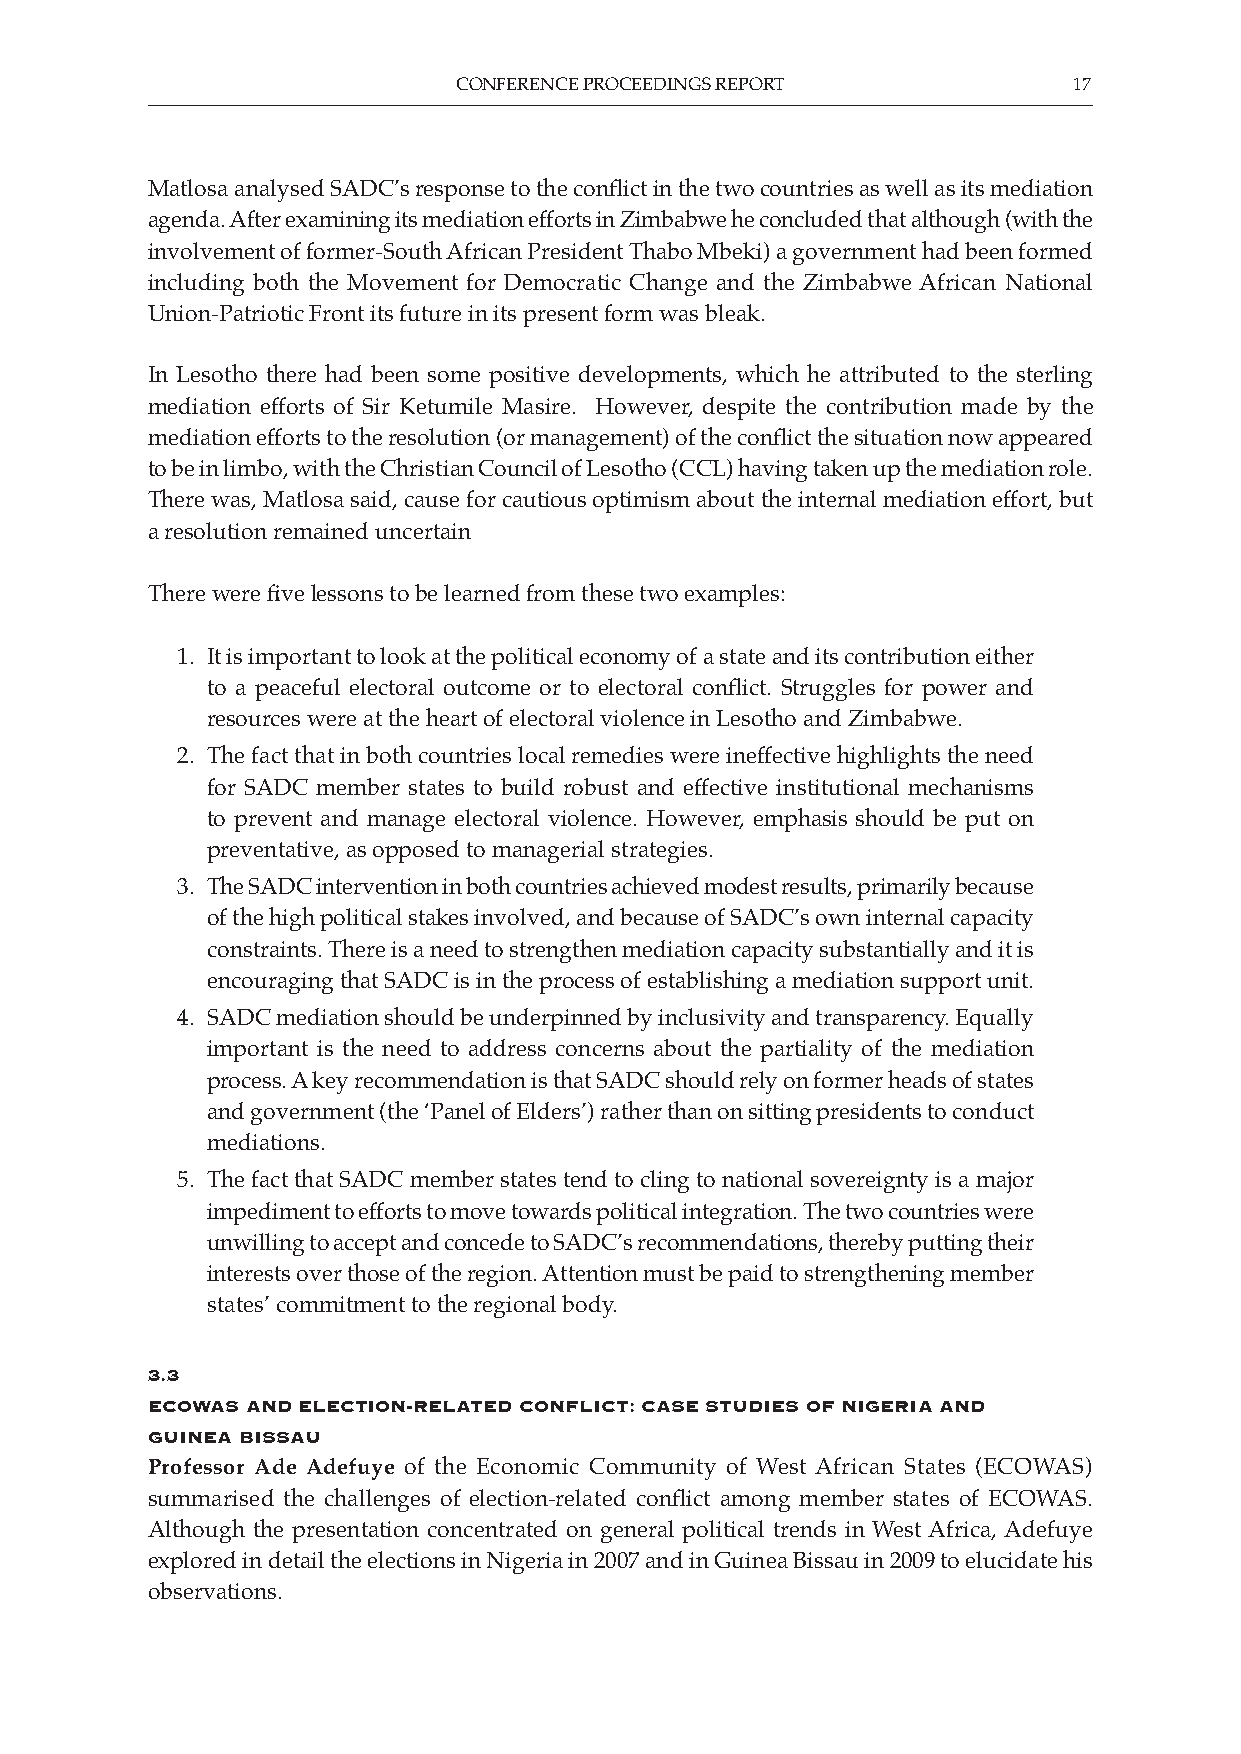
CONFERENCE PROCEEDINGS REPORT            17
 Matlosa analysed SADC’s response to the conflict in the two countries as well as its mediation
 agenda. After examining its mediation efforts in Zimbabwe he concluded that although (with the
 involvement of former-South African President Thabo Mbeki) a government had been formed
 including both the Movement for Democratic Change and the Zimbabwe African National
 Union-Patriotic Front its future in its present form was bleak.
 In Lesotho there had been some positive developments, which he attributed to the sterling
 mediation efforts of Sir Ketumile Masire. However, despite the contribution made by the
 mediation efforts to the resolution (or management) of the conflict the situation now appeared
 to be in limbo, with the Christian Council of Lesotho (CCL) having taken up the mediation role.
 There was, Matlosa said, cause for cautious optimism about the internal mediation effort, but
 a resolution remained uncertain
 There were five lessons to be learned from these two examples:
 1. It is important to look at the political economy of a state and its contribution either
 to a peaceful electoral outcome or to electoral conflict. Struggles for power and
 resources were at the heart of electoral violence in Lesotho and Zimbabwe.
 2. The fact that in both countries local remedies were ineffective highlights the need
 for SADC member states to build robust and effective institutional mechanisms
 to prevent and manage electoral violence. However, emphasis should be put on
 preventative, as opposed to managerial strategies.
 3. The SADC intervention in both countries achieved modest results, primarily because
 of the high political stakes involved, and because of SADC’s own internal capacity
 constraints. There is a need to strengthen mediation capacity substantially and it is
 encouraging that SADC is in the process of establishing a mediation support unit.
 4. SADC mediation should be underpinned by inclusivity and transparency. Equally
 important is the need to address concerns about the partiality of the mediation
 process. A key recommendation is that SADC should rely on former heads of states
 and government (the ‘Panel of Elders’) rather than on sitting presidents to conduct
 mediations.
 5. The fact that SADC member states tend to cling to national sovereignty is a major
 impediment to efforts to move towards political integration. The two countries were
 unwilling to accept and concede to SADC’s recommendations, thereby putting their
 interests over those of the region. Attention must be paid to strengthening member
 states’ commitment to the regional body.
 3.3
 eCoWas and eleCtion-related ConfliCt: Case studies of niGeria and
 Guinea bissau
 Professor Ade Adefuye of the Economic Community of West African States (ECOWAS)
 summarised the challenges of election-related conflict among member states of ECOWAS.
 Although the presentation concentrated on general political trends in West Africa, Adefuye
 explored in detail the elections in Nigeria in 2007 and in Guinea Bissau in 2009 to elucidate his
 observations.